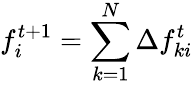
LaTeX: f_{i}^{t+1}=\sum_{k=1}^{N}\Delta f_{ki}^{t}